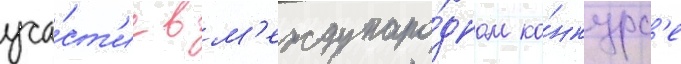
уча́ст'ие в м'еждунаро́дном ко́нкурс'е